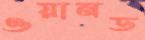
ওয়ানড